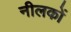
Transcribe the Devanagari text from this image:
नीलकों